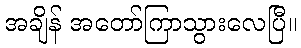
အချိန် အတော်ကြာသွားလေပြီ။